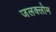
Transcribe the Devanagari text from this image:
जलक्लोम